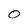
Character: 0